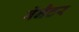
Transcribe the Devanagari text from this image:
बेनैटर